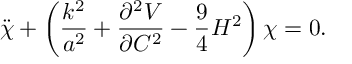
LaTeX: \ddot { \chi } + \left( \frac { k ^ { 2 } } { a ^ { 2 } } + \frac { \partial ^ { 2 } V } { \partial C ^ { 2 } } - \frac { 9 } { 4 } H ^ { 2 } \right) \chi = 0 .